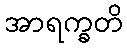
အာရက္ခတိ